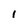
Character: 1